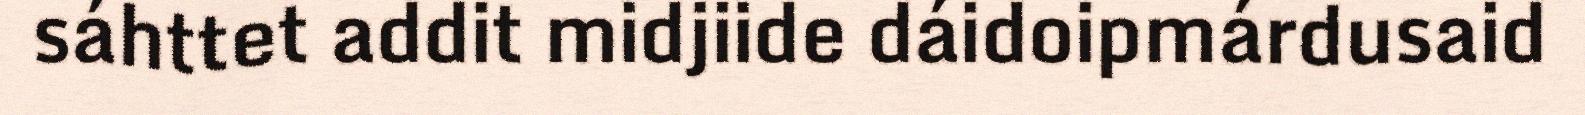
sáhttet addit midjiide dáidoipmárdusaid